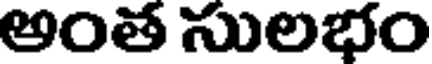
అంత సులభం